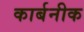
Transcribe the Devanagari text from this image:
कार्बनीक